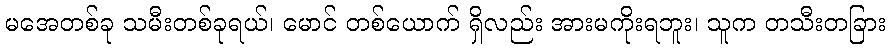
မအေတစ်ခု သမီးတစ်ခုရယ်၊ မောင် တစ်ယောက် ရှိလည်း အားမကိုးရဘူး၊ သူက တသီးတခြား